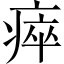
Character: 瘁